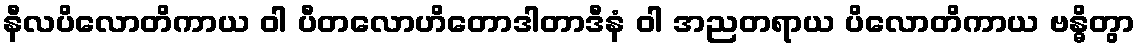
နီလပိလောတိကာယ ဝါ ပီတလောဟိတောဒါတာဒီနံ ဝါ အညတရာယ ပိလောတိကာယ ဗန္ဓိတွာ